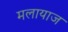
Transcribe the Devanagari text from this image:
मलायाज